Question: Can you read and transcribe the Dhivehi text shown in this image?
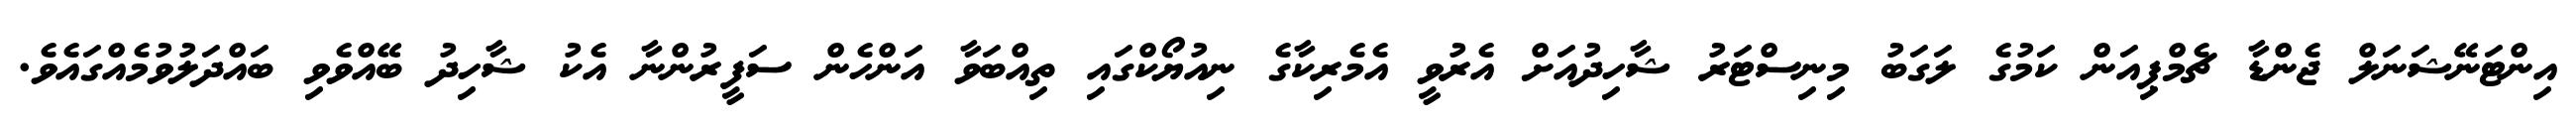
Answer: އިންޓަނޭޝަނަލް ޖެންޑާ ޗެމްޕިއަން ކަމުގެ ލަގަބު މިނިސްޓަރު ޝާހިދުއަށް އެރުވީ އެމެރިކާގެ ނިއުޔޯކްގައި ތިއްބަވާ އަންހެން ސަފީރުންނާ އެކު ޝާހިދު ބޭއްވެވި ބައްދަލުވުމެއްގައެވެ.